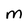
Character: M